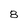
Character: 8